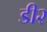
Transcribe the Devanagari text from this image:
डी२